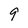
Character: 9